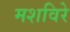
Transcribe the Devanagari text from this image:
मशविरे